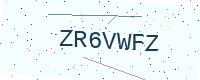
Text: ZR6VWFZ